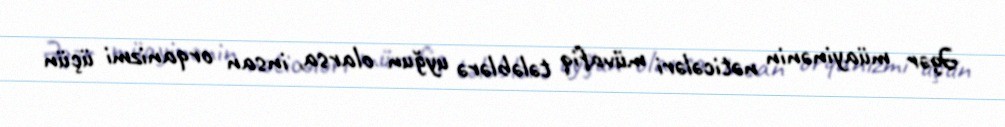
Əgər müayinənin nəticələri müvafiq tələblərə uyğun olarsa, insan orqanizmi üçün